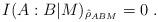
LaTeX: \begin{align*}I(A:B|M)_{\hat{\rho}_{ABM}} = 0\;.\end{align*}